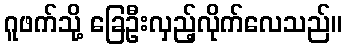
ဂူဖက်သို့ ခြေဦးလှည့်လိုက်လေသည်။